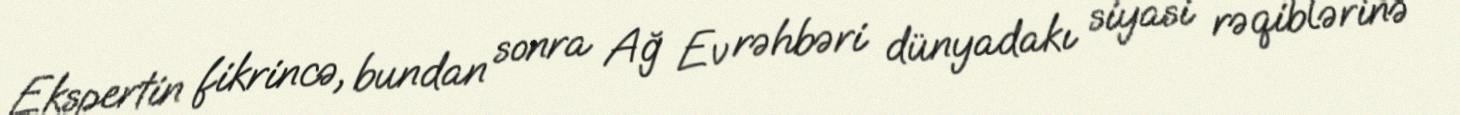
Ekspertin fikrincə, bundan sonra Ağ Ev rəhbəri dünyadakı siyasi rəqiblərinə